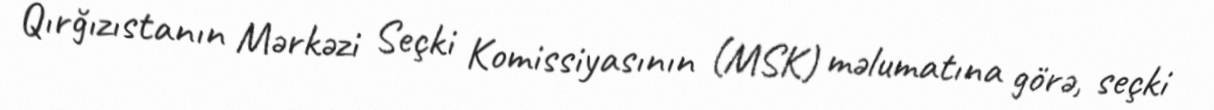
Qırğızıstanın Mərkəzi Seçki Komissiyasının (MSK) məlumatına görə, seçki